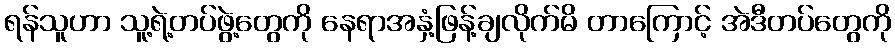
ရန်သူဟာ သူ့ရဲ့တပ်ဖွဲ့တွေကို နေရာအနှံ့ဖြန့်ချလိုက်မိ တာကြောင့် အဲဒီတပ်တွေကို